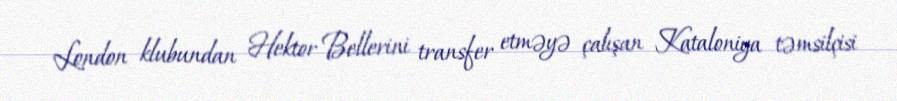
London klubundan Hektor Bellerini transfer etməyə çalışan Kataloniya təmsilçisi